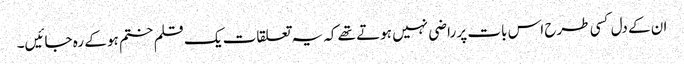
ان کے دل کسی طرح اس بات پر راضی نہیں ہوتے تھے کہ یہ تعلقات یک قلم ختم ہو کے رہ جائیں۔